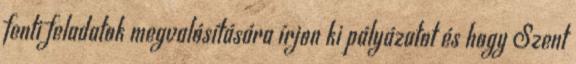
fenti feladatok megvalósítására írjon ki pályázatot és hogy Szent